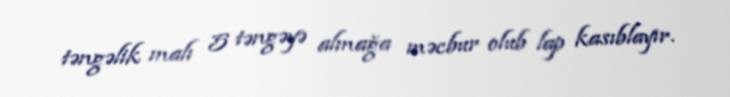
təngəlik malı 5 təngəyə almağa məcbur olub lap kasıblayır.